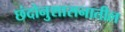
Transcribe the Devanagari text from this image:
छंदोनुशासनातील